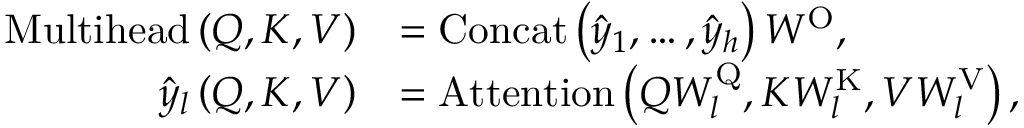
\begin{array} { r l } { \mathrm { M u l t i h e a d } \left( Q , K , V \right) } & { = \mathrm { C o n c a t } \left( \hat { y } _ { 1 } , \dots , \hat { y } _ { h } \right) W ^ { \mathrm { O } } , } \\ { \hat { y } _ { l } \left( Q , K , V \right) } & { = \mathrm { A t t e n t i o n } \left( Q W _ { l } ^ { \mathrm { Q } } , K W _ { l } ^ { \mathrm { K } } , V W _ { l } ^ { \mathrm { V } } \right) , } \end{array}